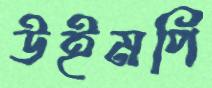
উইমপি